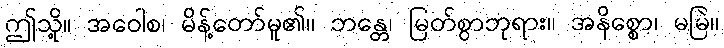
ဤသို့။ အဝေါစ၊ မိန့်တော်မူ၏။ ဘန္တေ၊ မြတ်စွာဘုရား။ အနိစ္စော၊ မမြဲ။